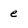
Character: e